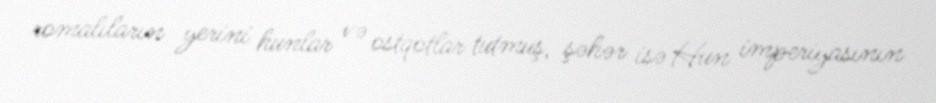
romalıların yerini hunlar və ostqotlar tutmuş, şəhər isə Hun imperiyasının